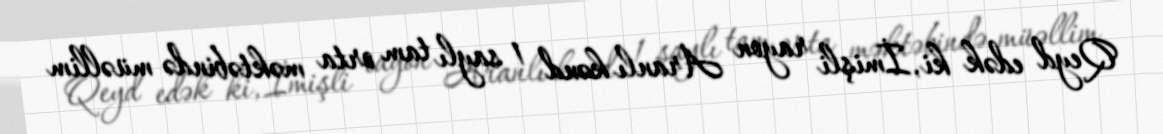
Qeyd edək ki, İmişli rayon Aranlı kənd 1 saylı tam orta məktəbində müəllim